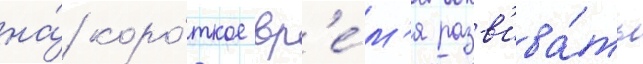
на́ коро́ткое вр'е́м'я разв'ива́ть